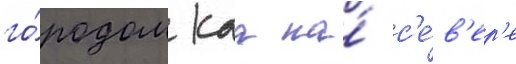
го́родом каа на́ с'е́в'ер'е